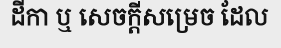
ដីកា ឬ សេចក្តីសម្រេច ដែល